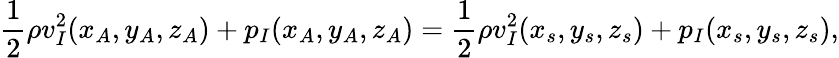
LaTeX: \frac{1}{2}\rho v_{I}^{2}(x_{A},y_{A},z_{A})+p_{I}(x_{A},y_{A},z_{A})=\frac{1}{2}\rho v_{I}^{2}(x_{s},y_{s},z_{s})+p_{I}(x_{s},y_{s},z_{s}),